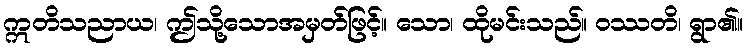
ဣတိသညာယ၊ ဤသို့သောအမှတ်ဖြင့်။ သော၊ ထိုမင်းသည်။ ဝဿတိ၊ ရွာ၏။